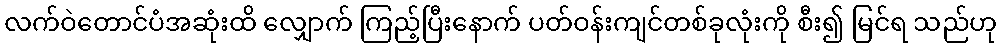
လက်ဝဲတောင်ပံအဆုံးထိ လျှောက် ကြည့်ပြီးနောက် ပတ်ဝန်းကျင်တစ်ခုလုံးကို စီး၍ မြင်ရ သည်ဟု